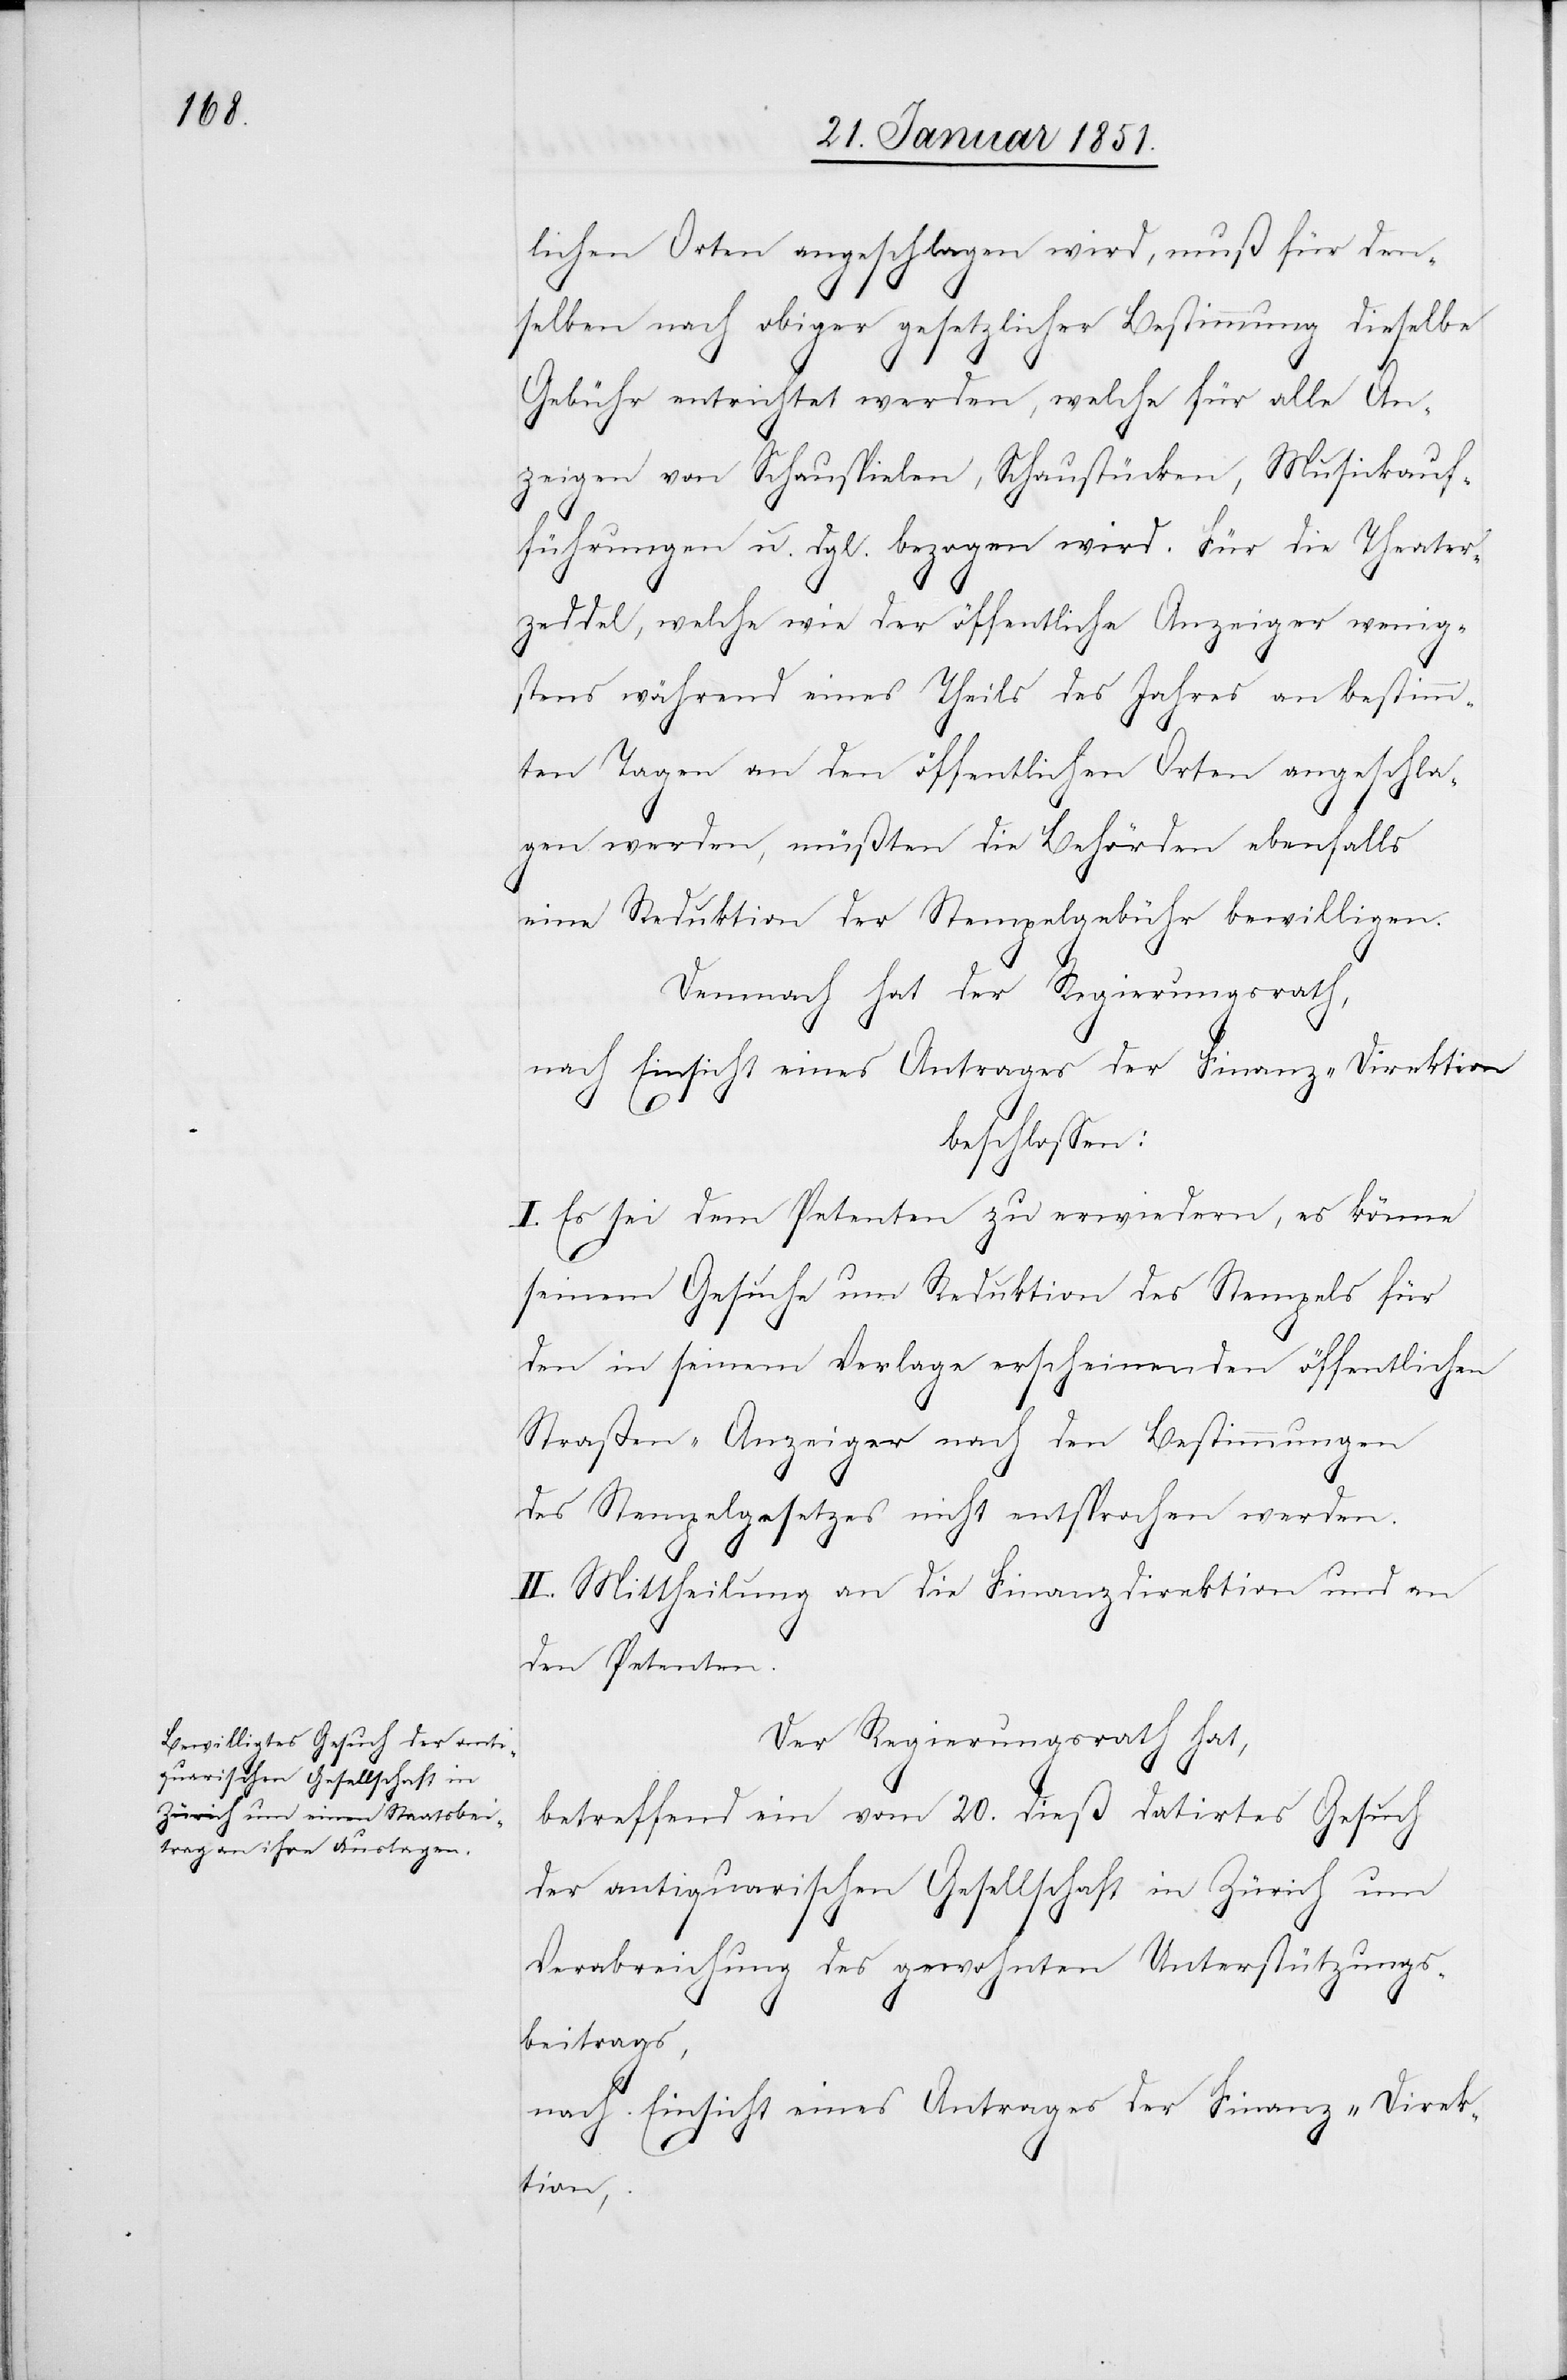
lichen Orten angeschlagen wird, muß für den¬
selben nach obiger gesetzlicher Bestimmung dieselbe
Gebühr entrichtet werden, welche für alle An¬
zeigen von Schauspielen, Schaustücken, Musickauf¬
führungen [sic!] u. dgl. bezogen wird. Für die Theater¬
zeddel, welche wie der öffentliche Anzeiger wenig¬
stens während eines Theils des Jahres an bestimm¬
ten Tagen an den öffentlichen Orten angeschla¬
gen werden, müßten die Behörden ebenfalls
eine Reduktion der Stempelgebühr bewilligen.
Demnach hat der Regierungsrath,
nach Einsicht eines Antrages der Finanz-Direktion,
beschlossen:
I. Es sei dem Petenten zu erwiedern, es könne
seinem Gesuche um Reduktion des Stempels für
den in seinem Verlage erscheinenden öffentlichen
Straßen-Anzeiger nach den Bestimmungen
des Stempelgesetzes nicht entsprochen werden.
II. Mittheilung an die Finanzdirektion und an
den Petenten.
Der Regierungsrath hat,
betreffend ein vom 20. dieß datirtes Gesuch
der antiquarischen Gesellschaft in Zürich um
Verabreichung des gewohnten Unterstützungs¬
beitrags,